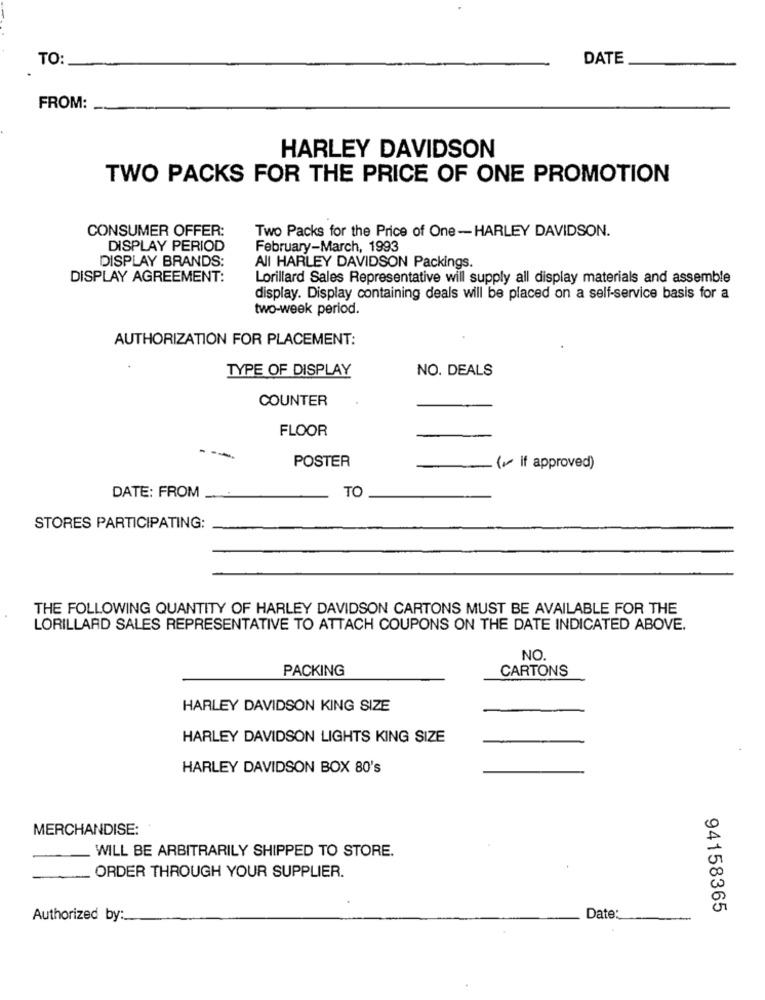
TO:
DATE
FROM:
HARLEY DAVIDSON
TWO PACKS FOR THE PRICE OF ONE PROMOTION
CONSUMER OFFER:
Two Packs for the Price of One-HARLEY DAVIDSON.
DISPLAY PERIOD
February-March, 1993
DISPLAY BRANDS:
All HARLEY DAVIDSON Packings.
DISPLAY AGREEMENT:
Lorillard Sales Representative will supply all display materials and assemble
display. Display containing deals will be placed on a self-service basis for a
two-week period.
AUTHORIZATION FOR PLACEMENT:
TYPE OF DISPLAY
NO. DEALS
COUNTER
FLOOR
-
POSTER
( if approved)
TO
DATE: FROM
STORES PARTICIPATING:
THE FOLLOWING QUANTITY OF HARLEY DAVIDSON CARTONS MUST BE AVAILABLE FOR THE
LORILLARD SALES REPRESENTATIVE TO ATTACH COUPONS ON THE DATE INDICATED ABOVE.
NO
PACKING
CARTONS
HARLEY DAVIDSON KING SIZE
HARLEY DAVIDSON LIGHTS KING SIZE
HARLEY DAVIDSON BOX 80's
MERCHANDISE:
WILL BE ARBITRARILY SHIPPED TO STORE.
ORDER THROUGH YOUR SUPPLIER.
Date:
94158365
Authorized by: